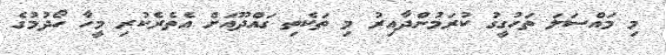
މި މައްސަލަ ތަހުގީގު ކުރަމުންދާއިރު މި ތަކެތި ގައްދޫއަށް އެތެރެކުރި މީހާ ހޯދުމުގެ